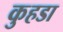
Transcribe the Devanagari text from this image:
कुहडा